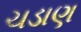
ચડાણ